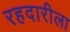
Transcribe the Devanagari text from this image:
रहदारीला